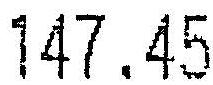
147.45